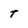
Character: t